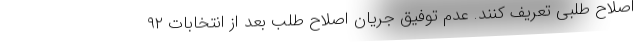
اصلاح طلبی تعریف کنند. عدم توفیق جریان اصلاح طلب بعد از انتخابات ۹۲